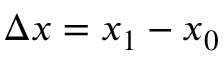
\Delta x = x _ { 1 } - x _ { 0 }